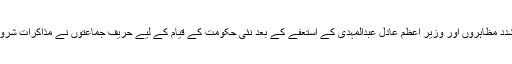
عراق میں پُر تشدد مظاہروں اور وزیرِ اعظم عادل عبدالمہدی کے استعفے کے بعد نئی حکومت کے قیام کے لیے حریف جماعتوں نے مذاکرات شروع کر دیے ہیں۔